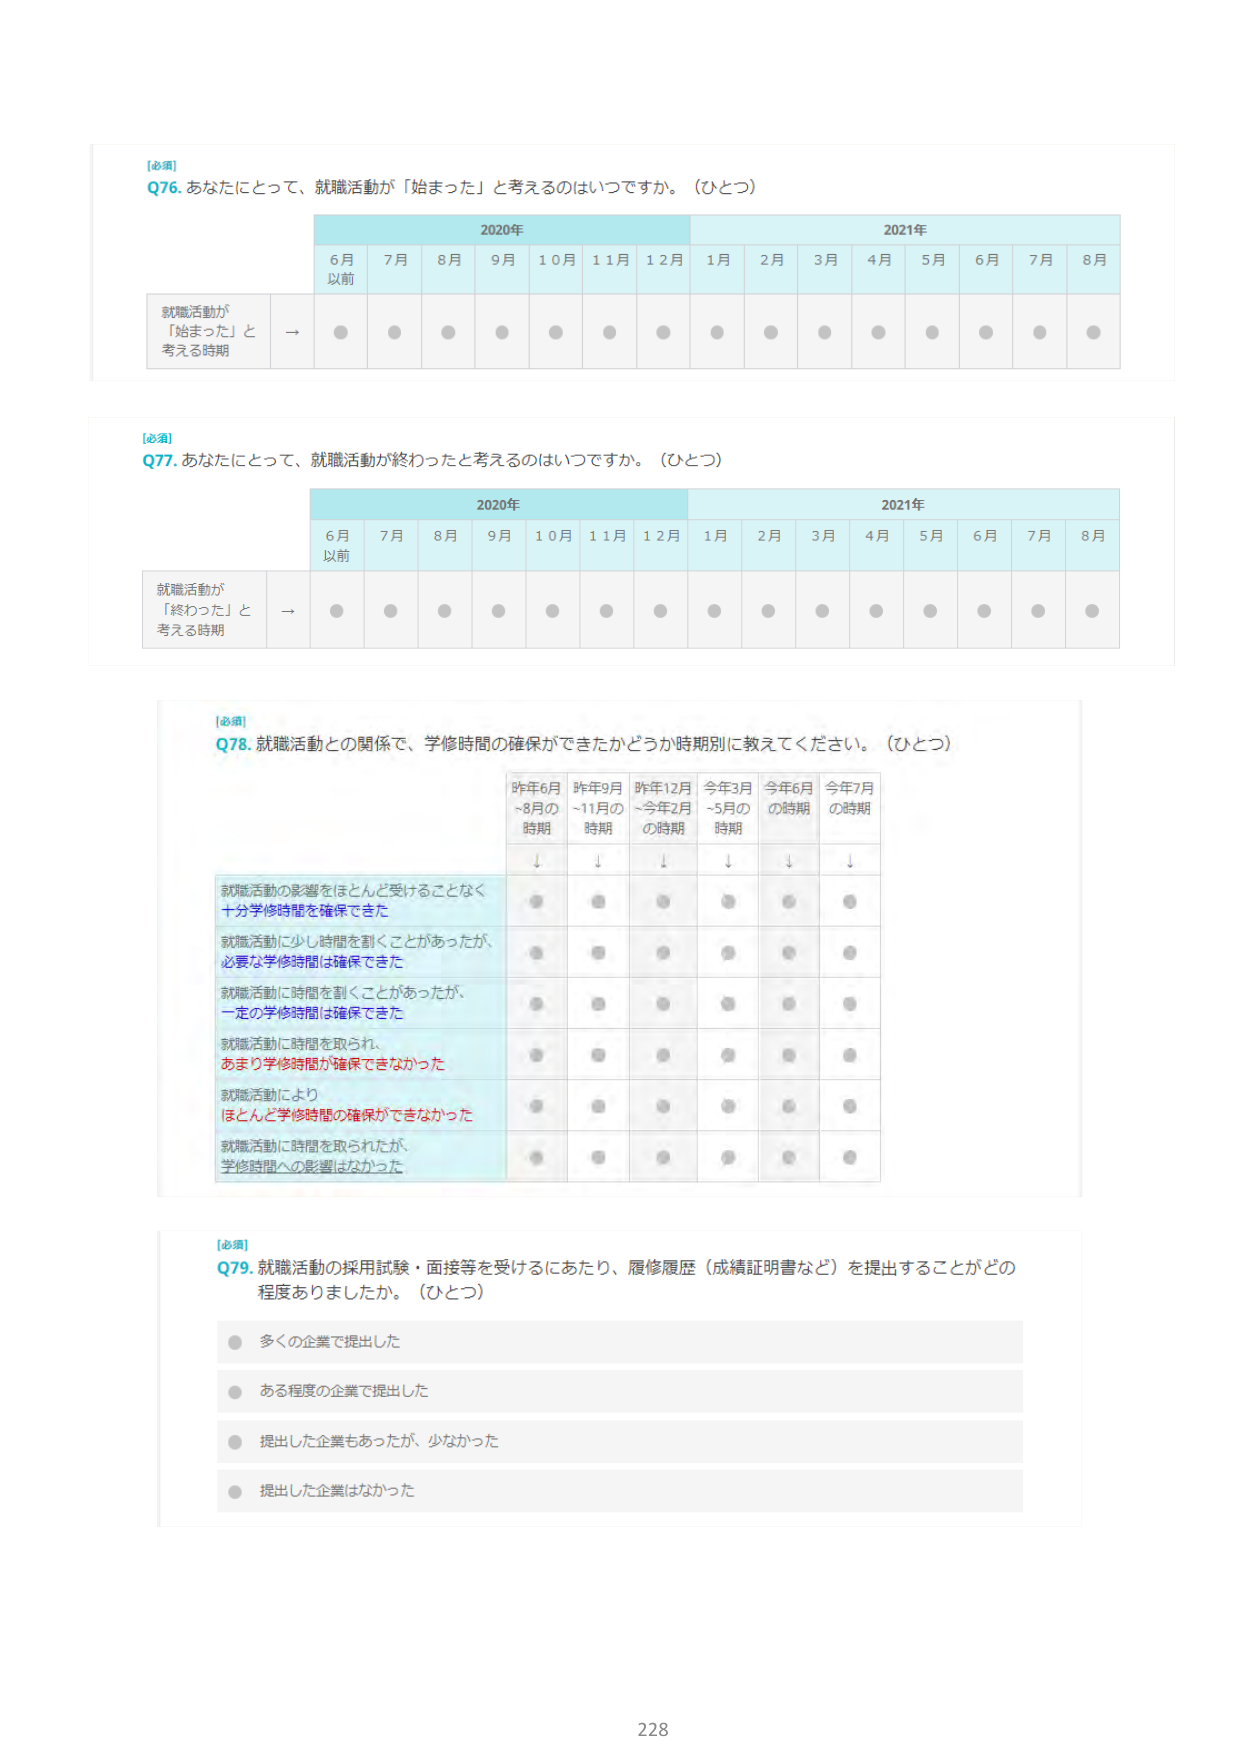
[必須]
Q76. あなたにとって、就職活動が「始まった」と考えるのはいつですか。（ひとつ）

2020年
6月以前　7月　8月　9月　10月　11月　12月

2021年
1月　2月　3月　4月　5月　6月　7月　8月

就職活動が「始まった」と考える時期 → ● ● ● ● ● ● ● ● ● ● ● ● ● ●

[必須]
Q77. あなたにとって、就職活動が終わったと考えるのはいつですか。（ひとつ）

2020年
6月以前　7月　8月　9月　10月　11月　12月

2021年
1月　2月　3月　4月　5月　6月　7月　8月

就職活動が「終わった」と考える時期 → ● ● ● ● ● ● ● ● ● ● ● ● ● ●

[必須]
Q78. 就職活動との関係で、学修時間の確保ができたかどうか時期別に教えてください。（ひとつ）

昨年6月～8月の時期　昨年9月～11月の時期　昨年12月～今年2月の時期　今年3月～5月の時期　今年6月の時期　今年7月の時期

就職活動の影響をほとんど受けることなく十分学修時間を確保できた → ● ● ● ● ● ●
就職活動に少し時間を割くことがあったが、必要な学修時間は確保できた → ● ● ● ● ● ●
就職活動に時間を割くことがあったが、一定の学修時間は確保できた → ● ● ● ● ● ●
就職活動に時間を取られ、あまり学修時間が確保できなかった → ● ● ● ● ● ●
就職活動によりほとんど学修時間の確保ができなかった → ● ● ● ● ● ●
就職活動に時間を取られたが、学修時間への影響はなかった → ● ● ● ● ● ●

[必須]
Q79. 就職活動の採用試験・面接等を受けるにあたり、履修履歴（成績証明書など）を提出することがどの程度ありましたか。（ひとつ）

● 多くの企業で提出した
● ある程度の企業で提出した
● 提出した企業もあったが、少なかった
● 提出した企業はなかった

228